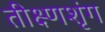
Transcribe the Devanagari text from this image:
तीक्ष्णशृंग